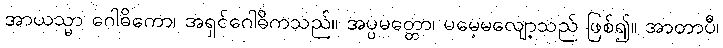
အာယသ္မာ ဂေါဓိကော၊ အရှင်ဂေါဓိကသည်။ အပ္ပမတ္တော၊ မမေ့မလျော့သည် ဖြစ်၍။ အာတာပီ၊